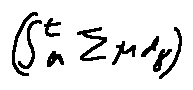
( \int \limits _ { a } ^ { t } \sum \mu d g )